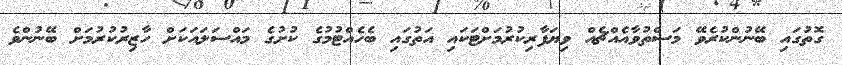
ގޮތުގައި ބޭނުންކުރެވޭ މަސްތުވާއެއްޗެއް ވިޔަފާރިކުރުމަށްޓަކައި އަތުގައި ބެހެއްޓުމުގެ ކުށުގެ މައްސަލައަކަށް ހާޒިރުކުރުމަށް ބޭނުންވެ